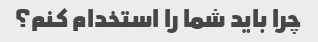
چرا باید شما را استخدام کنم؟